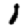
Digit: 1